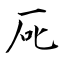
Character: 厑